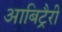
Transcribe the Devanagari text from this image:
आबिट्रैरी